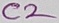
Text: C2